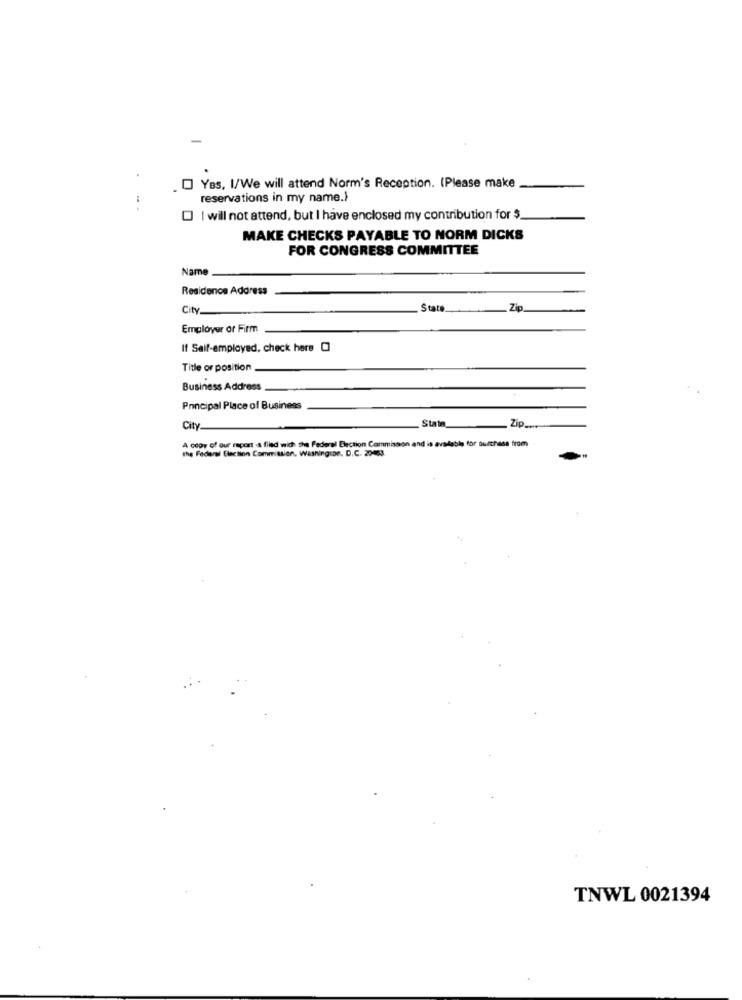
Yes, I/We will attend Norm's Reception. (Please make
reservations in my name.}
| will not attend, but I have enclosed my contribution for $.
MAKE CHECKS PAYABLE TO NORM DICKS
FOR CONGRESS COMMITTEE
Name
Residence Address
City_
State
Zip
Employer or Firm
If Self-employed, check here []
Title or position
Business Address
Principal Place of Business
State_
City
Zip .....
A copy of our report is filed wich the Federal Election Commission and is available for purchase from
the Federal Election Commission, Washingson. D.C. 20463.
TNWL 0021394